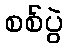
စစ်ပွဲ